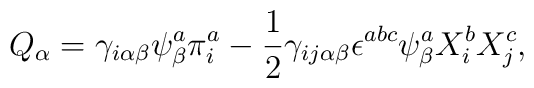
Q_\alpha=\gamma_{i\alpha\beta}\psi^a_\beta\pi^a_i-\frac{1}{2}\gamma_{ij\alpha\beta}\epsilon^{abc}\psi_\beta^aX_i^bX_j^c ,